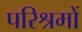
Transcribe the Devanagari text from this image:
परिश्रमों